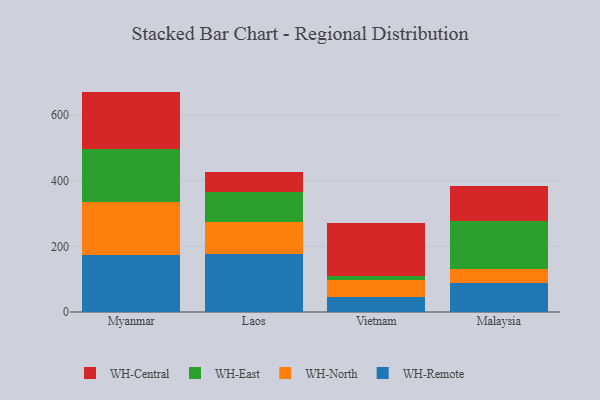
{"axis": {"x": "Country", "y": "Production Output"}, "legend": ["WH-Central", "WH-East", "WH-North", "WH-Remote"], "data": [{"x": "Myanmar", "y": 173.5, "type": "WH-Remote"}, {"x": "Myanmar", "y": 160.9, "type": "WH-North"}, {"x": "Myanmar", "y": 162.8, "type": "WH-East"}, {"x": "Myanmar", "y": 174.4, "type": "WH-Central"}, {"x": "Laos", "y": 176.4, "type": "WH-Remote"}, {"x": "Laos", "y": 97.6, "type": "WH-North"}, {"x": "Laos", "y": 91.6, "type": "WH-East"}, {"x": "Laos", "y": 62.5, "type": "WH-Central"}, {"x": "Vietnam", "y": 45.7, "type": "WH-Remote"}, {"x": "Vietnam", "y": 50.9, "type": "WH-North"}, {"x": "Vietnam", "y": 11.7, "type": "WH-East"}, {"x": "Vietnam", "y": 162.8, "type": "WH-Central"}, {"x": "Malaysia", "y": 88.9, "type": "WH-Remote"}, {"x": "Malaysia", "y": 42.6, "type": "WH-North"}, {"x": "Malaysia", "y": 145.8, "type": "WH-East"}, {"x": "Malaysia", "y": 106.8, "type": "WH-Central"}]}